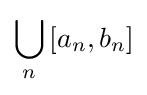
\bigcup _{n}\left[a_{n},b_{n}\right]